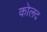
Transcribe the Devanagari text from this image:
कोलद